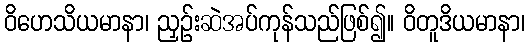
ဝိဟေသိယမာနာ၊ ညှဉ်းဆဲအပ်ကုန်သည်ဖြစ်၍။ ဝိတူဒိယမာနာ၊